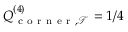
Q _ { \mathrm { ~ c ~ o ~ r ~ n ~ e ~ r ~ } , \mathcal { T } } ^ { ( 4 ) } = 1 / 4